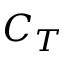
C _ { T }